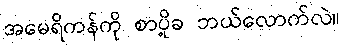
အမေရိကန်ကို စာပို့ခ ဘယ်လောက်လဲ။